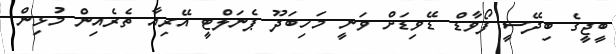
ބީޖީގެ ބިދޭސީ ފޯވާޑް ޑޭވިޑަށް ވަނީ މަހިބަދޫ ޕެނަލްޓީ އޭރިއާ ތެރެއިން މުޅިން